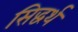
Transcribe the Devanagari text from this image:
सिद्धर्थ